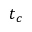
t _ { c }